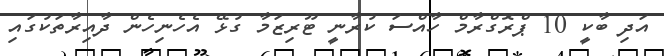
އަދި ބާކީ 10 ޕްރޮގްރާމް ހާއްސަ ކުރާނީ ޓޫރިޒަމާ ގުޅޭ އެހެނިހެން ދާއިރާތަކުގައި